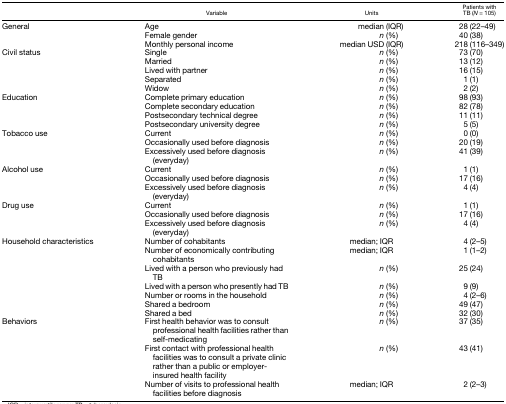
<table><thead><tr><td></td><td><b>Variable</b></td><td><b>Units</b></td><td><b>Patients with TB (<i>N</i> = 105)</b></td></tr></thead><tbody><tr><td>General</td><td>Age</td><td>median (IQR)</td><td>28 (22–49)</td></tr><tr><td></td><td>Female gender</td><td><i>n</i> (%)</td><td>40 (38)</td></tr><tr><td></td><td>Monthly personal income</td><td>median USD (IQR)</td><td>218 (116–349)</td></tr><tr><td>Civil status</td><td>Single</td><td><i>n</i> (%)</td><td>73 (70)</td></tr><tr><td></td><td>Married</td><td><i>n</i> (%)</td><td>13 (12)</td></tr><tr><td></td><td>Lived with partner</td><td><i>n</i> (%)</td><td>16 (15)</td></tr><tr><td></td><td>Separated</td><td><i>n</i> (%)</td><td>1 (1)</td></tr><tr><td></td><td>Widow</td><td><i>n</i> (%)</td><td>2 (2)</td></tr><tr><td>Education</td><td>Complete primary education</td><td><i>n</i> (%)</td><td>98 (93)</td></tr><tr><td></td><td>Complete secondary education</td><td><i>n</i> (%)</td><td>82 (78)</td></tr><tr><td></td><td>Postsecondary technical degree</td><td><i>n</i> (%)</td><td>11 (11)</td></tr><tr><td></td><td>Postsecondary university degree</td><td><i>n</i> (%)</td><td>5 (5)</td></tr><tr><td>Tobacco use</td><td>Current</td><td><i>n</i> (%)</td><td>0 (0)</td></tr><tr><td></td><td>Occasionally used before diagnosis</td><td><i>n</i> (%)</td><td>20 (19)</td></tr><tr><td></td><td>Excessively used before diagnosis (everyday)</td><td><i>n</i> (%)</td><td>41 (39)</td></tr><tr><td>Alcohol use</td><td>Current</td><td><i>n</i> (%)</td><td>1 (1)</td></tr><tr><td></td><td>Occasionally used before diagnosis</td><td><i>n</i> (%)</td><td>17 (16)</td></tr><tr><td></td><td>Excessively used before diagnosis (everyday)</td><td><i>n</i> (%)</td><td>4 (4)</td></tr><tr><td>Drug use</td><td>Current</td><td><i>n</i> (%)</td><td>1 (1)</td></tr><tr><td></td><td>Occasionally used before diagnosis</td><td><i>n</i> (%)</td><td>17 (16)</td></tr><tr><td></td><td>Excessively used before diagnosis (everyday)</td><td><i>n</i> (%)</td><td>4 (4)</td></tr><tr><td>Household characteristics</td><td>Number of cohabitants</td><td>median; IQR</td><td>4 (2–5)</td></tr><tr><td></td><td>Number of economically contributing cohabitants</td><td>median; IQR</td><td>1 (1–2)</td></tr><tr><td></td><td>Lived with a person who previously had TB</td><td><i>n</i> (%)</td><td>25 (24)</td></tr><tr><td></td><td>Lived with a person who presently had TB</td><td><i>n</i> (%)</td><td>9 (9)</td></tr><tr><td></td><td>Number or rooms in the household</td><td><i>n</i> (%)</td><td>4 (2–6)</td></tr><tr><td></td><td>Shared a bedroom</td><td><i>n</i> (%)</td><td>49 (47)</td></tr><tr><td></td><td>Shared a bed</td><td><i>n</i> (%)</td><td>32 (30)</td></tr><tr><td>Behaviors</td><td>First health behavior was to consult professional health facilities rather than self-medicating</td><td><i>n</i> (%)</td><td>37 (35)</td></tr><tr><td></td><td>First contact with professional health facilities was to consult a private clinic rather than a public or employer-insured health facility</td><td><i>n</i> (%)</td><td>43 (41)</td></tr><tr><td></td><td>Number of visits to professional health facilities before diagnosis</td><td>median; IQR</td><td>2 (2–3)</td></tr></tbody></table>